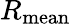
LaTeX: R_{\mathrm{mean}}